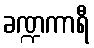
ခဏ္ဍကာရီ